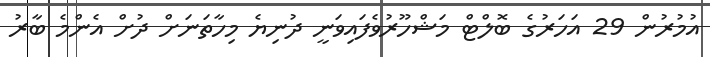
އުމުރުން 29 އަހަރުގެ ބޮލްޓް މަޝްހޫރުވެފައިވަނީ ދުނިޔެ މިހާތަނަށް ދުށް އެންމެ ބާރު